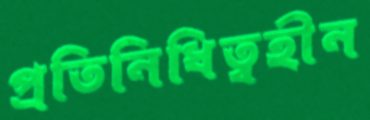
প্রতিনিধিত্বহীন